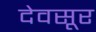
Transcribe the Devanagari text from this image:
देवसूर